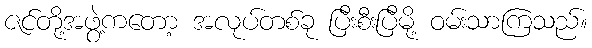
ဇင်တို့အဖွဲ့ကတော့ အလုပ်တစ်ခု ပြီးစီးပြီမို့ ဝမ်းသာကြသည်။